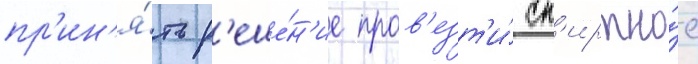
пр'ин'я́ть р'еше́н'ие пров'езт'и́ сп'иртно́е